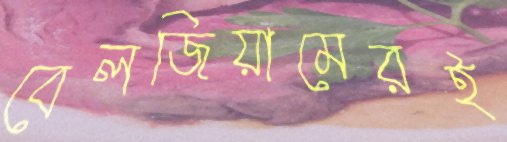
বেলজিয়ামেরই